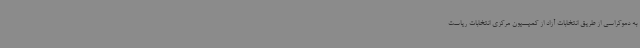
به دموکراسی از طریق انتخابات آزاد از کمیسیون مرکزی انتخابات ریاست